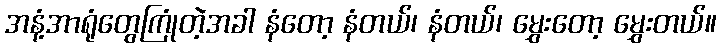
အနံ့အာရုံတွေကြုံတဲ့အခါ နံတော့ နံတယ်၊ နံတယ်၊ မွှေးတော့ မွှေးတယ်။